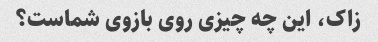
زاک، این چه چیزی روی بازوی شماست؟